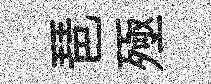
琶殛